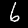
Digit: 6